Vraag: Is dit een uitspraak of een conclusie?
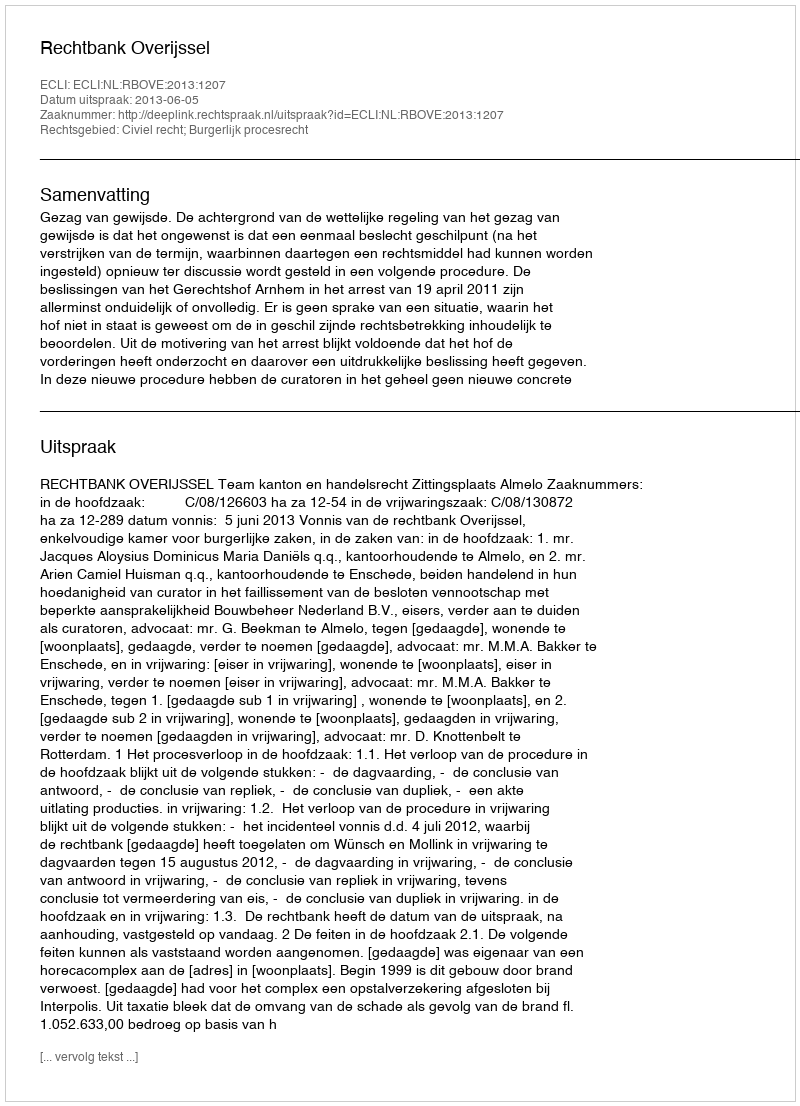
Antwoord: Uitspraak